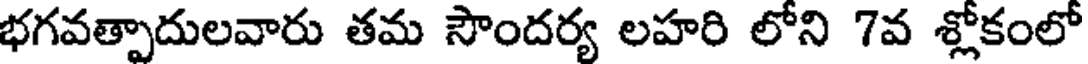
భగవత్పాదులవారు తమ సౌందర్య లహరి లోని 7వ శ్లోకంలో